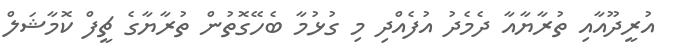
އުރީދޫއާއި ތުރާޔާއާ ދެމެދު އުފެއްދި މި ގުޅުމާ ބެހޭގޮތުން ތުރާޔާގެ ޗީފް ކޮމާޝަލް